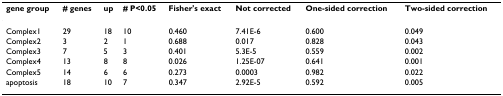
<table><thead><tr><td><b>gene group</b></td><td><b># genes</b></td><td><b>up</b></td><td><b># P&lt;0.05</b></td><td><b>Fisher&#x27;s exact</b></td><td><b>Not corrected</b></td><td><b>One-sided correction</b></td><td><b>Two-sided correction</b></td></tr></thead><tbody><tr><td>Complex1</td><td>29</td><td>18</td><td>10</td><td>0.460</td><td>7.41E-6</td><td>0.600</td><td>0.049</td></tr><tr><td>Complex2</td><td>3</td><td>2</td><td>1</td><td>0.688</td><td>0.017</td><td>0.828</td><td>0.043</td></tr><tr><td>Complex3</td><td>7</td><td>5</td><td>3</td><td>0.401</td><td>5.3E-5</td><td>0.559</td><td>0.002</td></tr><tr><td>Complex4</td><td>13</td><td>8</td><td>8</td><td>0.026</td><td>1.25E-07</td><td>0.641</td><td>0.001</td></tr><tr><td>Complex5</td><td>14</td><td>6</td><td>6</td><td>0.273</td><td>0.0003</td><td>0.982</td><td>0.022</td></tr><tr><td>apoptosis</td><td>18</td><td>10</td><td>7</td><td>0.347</td><td>2.92E-5</td><td>0.592</td><td>0.005</td></tr></tbody></table>